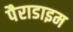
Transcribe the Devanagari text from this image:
पैराडाइम